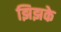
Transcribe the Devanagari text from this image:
झिझके